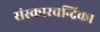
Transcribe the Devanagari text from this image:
संस्कारचन्द्रिका